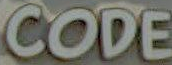
CODE